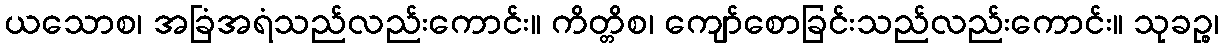
ယသောစ၊ အခြံအရံသည်လည်းကောင်း။ ကိတ္တိစ၊ ကျော်စောခြင်းသည်လည်းကောင်း။ သုခဉ္စ၊